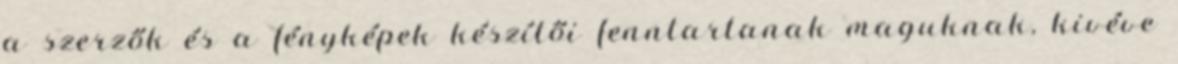
a szerzők és a fényképek készítői fenntartanak maguknak, kivéve